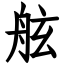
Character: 舷